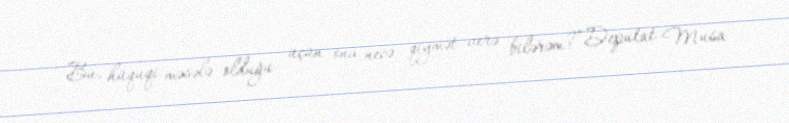
Bu, hüquqi məsələ olduğu üçün ona necə qiymət verə bilərəm?”Deputat Musa